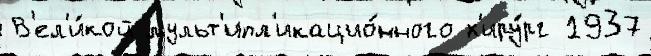
В'ел'и́кой мульт'ипл'икацио́нного х'иру́рг 1937